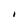
Character: i